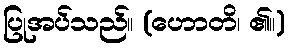
ပြုအပ်သည်။ (ဟောတိ၊ ၏။)